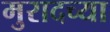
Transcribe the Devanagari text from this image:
मुरादच्या